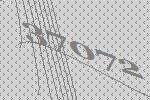
37072